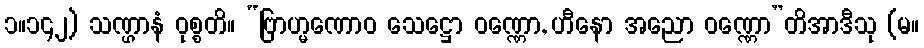
၁။၁၄၂) သဏ္ဌာနံ ဝုစ္စတိ။ “ဗြာဟ္မဏောဝ သေဋ္ဌော ဝဏ္ဏော, ဟီနော အညော ဝဏ္ဏော”တိအာဒီသု (မ။